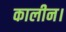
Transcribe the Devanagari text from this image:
कालीन।